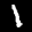
Label: 1